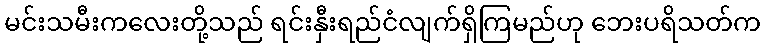
မင်းသမီးကလေးတို့သည် ရင်းနှီးရည်ငံလျက်ရှိကြမည်ဟု ဘေးပရိသတ်က